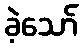
ခဲ့သော်